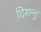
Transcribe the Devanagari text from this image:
दिशन्तु